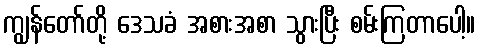
ကျွန်တော်တို့ ဒေသခံ အစားအစာ သွားပြီး စမ်းကြတာပေါ့။